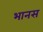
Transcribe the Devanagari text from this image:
भानस